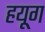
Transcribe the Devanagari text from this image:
हयूग